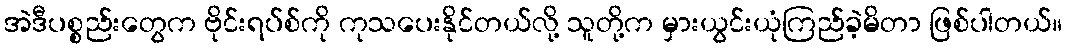
အဲဒီပစ္စည်းတွေက ဗိုင်းရပ်စ်ကို ကုသပေးနိုင်တယ်လို့ သူတို့က မှားယွင်းယုံကြည်ခဲ့မိတာ ဖြစ်ပါတယ်။